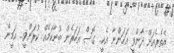
އެތެރެއަށް ދާންވީ އަހަންނާ އެކީ.. ގޮސް އަހަރެން ބުނާކަމެއް ކުރަންވީ.. އަމީން